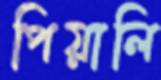
পিয়ালি